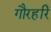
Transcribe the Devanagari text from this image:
गौरहरि